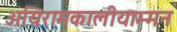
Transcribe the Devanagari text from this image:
अयिरामकालीयाम्मन